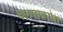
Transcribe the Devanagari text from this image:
चलनाबरोबर